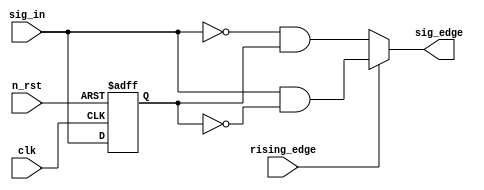
/*
    Writer: namu00
    Github: https://github.com/namu00/most_used_modules
*/
module edge_dect(
    input clk,
    input n_rst,
    input rising_edge, //edge type select
    input sig_in,
    output sig_edge
);
    reg delay;

    assign sig_edge = (rising_edge) ? 
                    (sig_in) && (~delay) :
                    (~sig_in) && (delay);

    always @(posedge clk or negedge n_rst)begin
        if(!n_rst)  delay <= 1'b0;
        else        delay <= sig_in;
    end
endmodule